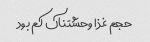
حجم غذا وحشتناک کم بود